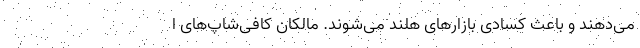
می‌دهند و باعث کسادی بازارهای هلند می‌شوند. مالکان کافی‌شاپ‌های ا